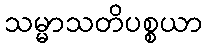
သမ္မာသတိပစ္စယာ